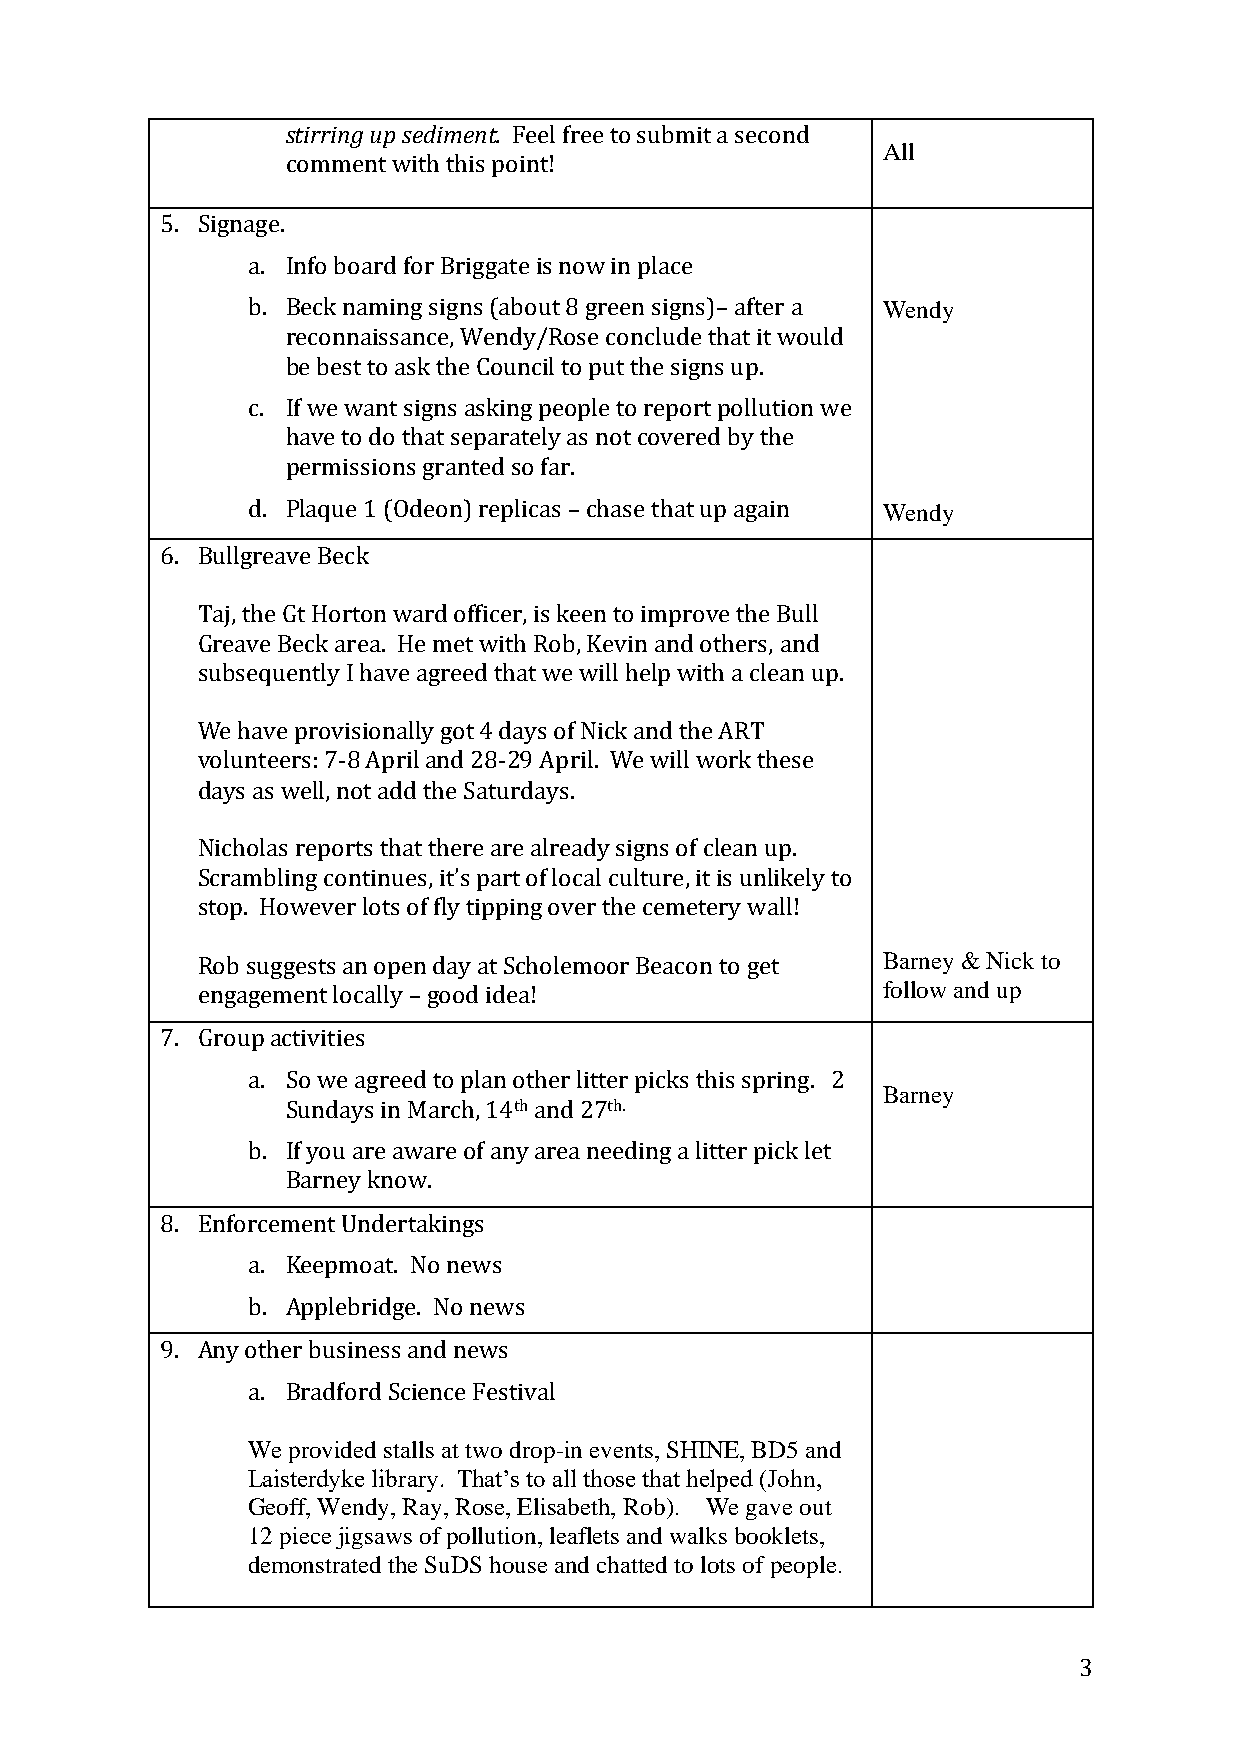
stirring up sediment. Feel free to submit a second
 All
 comment with this point!
 5. Signage.
 a. Info board for Briggate is now in place
 b. Beck naming signs (about 8 green signs)– after a Wendy
 reconnaissance, Wendy/Rose conclude that it would
 be best to ask the Council to put the signs up.
 c. If we want signs asking people to report pollution we
 have to do that separately as not covered by the
 permissions granted so far.
 d. Plaque 1 (Odeon) replicas – chase that up again Wendy
 6. Bullgreave Beck
 Taj, the Gt Horton ward officer, is keen to improve the Bull
 Greave Beck area. He met with Rob, Kevin and others, and
 subsequently I have agreed that we will help with a clean up.
 We have provisionally got 4 days of Nick and the ART
 volunteers: 7-8 April and 28-29 April. We will work these
 days as well, not add the Saturdays.
 Nicholas reports that there are already signs of clean up.
 Scrambling continues, it’s part of local culture, it is unlikely to
 stop. However lots of fly tipping over the cemetery wall!
 Rob suggests an open day at Scholemoor Beacon to get Barney & Nick to
 engagement locally – good idea!              follow and up
 7. Group activities
 a. So we agreed to plan other litter picks this spring. 2
 Barney
 Sundays in March, 14th and 27th.
 b. If you are aware of any area needing a litter pick let
 Barney know.
 8. Enforcement Undertakings
 a. Keepmoat. No news
 b. Applebridge. No news
 9. Any other business and news
 a. Bradford Science Festival
 We provided stalls at two drop-in events, SHINE, BD5 and
 Laisterdyke library. That’s to all those that helped (John,
 Geoff, Wendy, Ray, Rose, Elisabeth, Rob). We gave out
 12 piece jigsaws of pollution, leaflets and walks booklets,
 demonstrated the SuDS house and chatted to lots of people.
 3